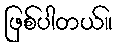
ဖြစ်ပါတယ်။